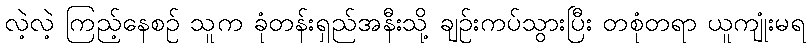
လဲ့လဲ့ ကြည့်နေစဉ် သူက ခုံတန်းရှည်အနီးသို့ ချဉ်းကပ်သွားပြီး တစုံတရာ ယူကျုံးမရ